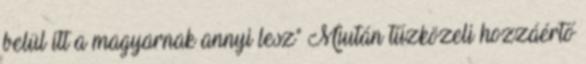
belül itt a magyarnak annyi lesz" Miután tűzközeli hozzáértő